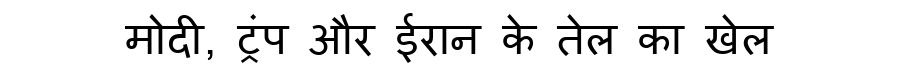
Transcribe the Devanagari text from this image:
मोदी, ट्रंप और ईरान के तेल का खेल